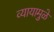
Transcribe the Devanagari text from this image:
व्यायामुळे